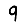
Digit: 9